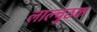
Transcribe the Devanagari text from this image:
लाल्चुठक